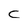
Character: c